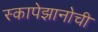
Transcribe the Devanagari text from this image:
स्कापेझानोची